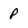
Character: p